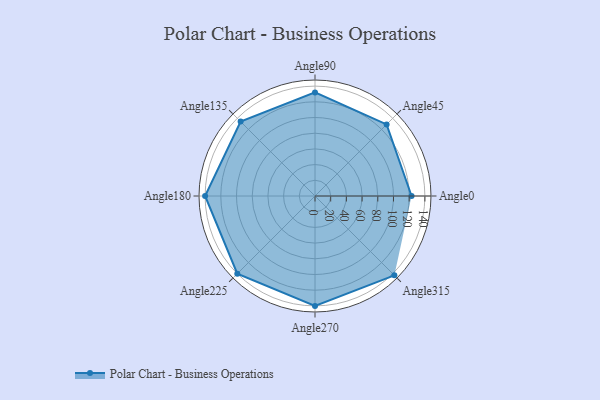
{"axis": {"x": "Angle", "y": "Radius"}, "legend": [""], "data": [{"x": "Angle0", "y": 123.0, "type": ""}, {"x": "Angle45", "y": 129.0, "type": ""}, {"x": "Angle90", "y": 132.0, "type": ""}, {"x": "Angle135", "y": 134.0, "type": ""}, {"x": "Angle180", "y": 140.0, "type": ""}, {"x": "Angle225", "y": 140.0, "type": ""}, {"x": "Angle270", "y": 140.0, "type": ""}, {"x": "Angle315", "y": 143.0, "type": ""}]}